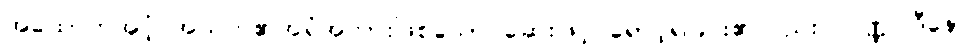
အထောက်အပံ့ အသက်၏အရံအတားဖြစ်သော ဆေးဖြင့် ရောင့်ရဲခြင်း၏လည်း။ ဝဏ္ဏဝါဒီနော၊